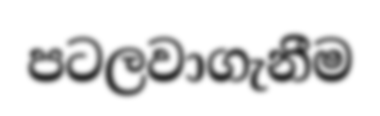
පටලවාගැනීම